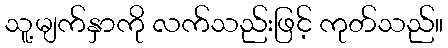
သူ့မျက်နှာကို လက်သည်းဖြင့် ကုတ်သည်။